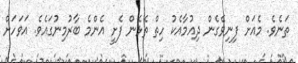
ތަނެވެ. މެއަށް ފިނިވެގެން ދިއުމާއެކު ހިތް ތެޅެން ފެށީ އެންމެ ބާރުމިނުގައެވެ. އަވަހަށް